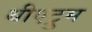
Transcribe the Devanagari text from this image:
थीएट्रुम